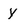
Character: Y